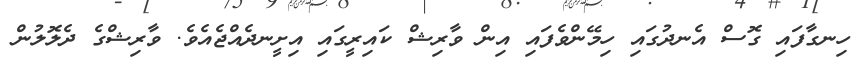
ހިނގާފައި ގޮސް އެނދުގައި ހިމޭންވެފައި އިން ވާރިޝް ކައިރީގައި އިށީނދެއްޖެއެވެ. ވާރިޝްގެ ދެލޮލުން